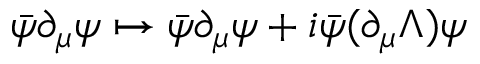
{ \bar { \psi } } \partial _ { \mu } \psi \mapsto { \bar { \psi } } \partial _ { \mu } \psi + i { \bar { \psi } } ( \partial _ { \mu } \Lambda ) \psi